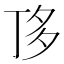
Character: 𠀲